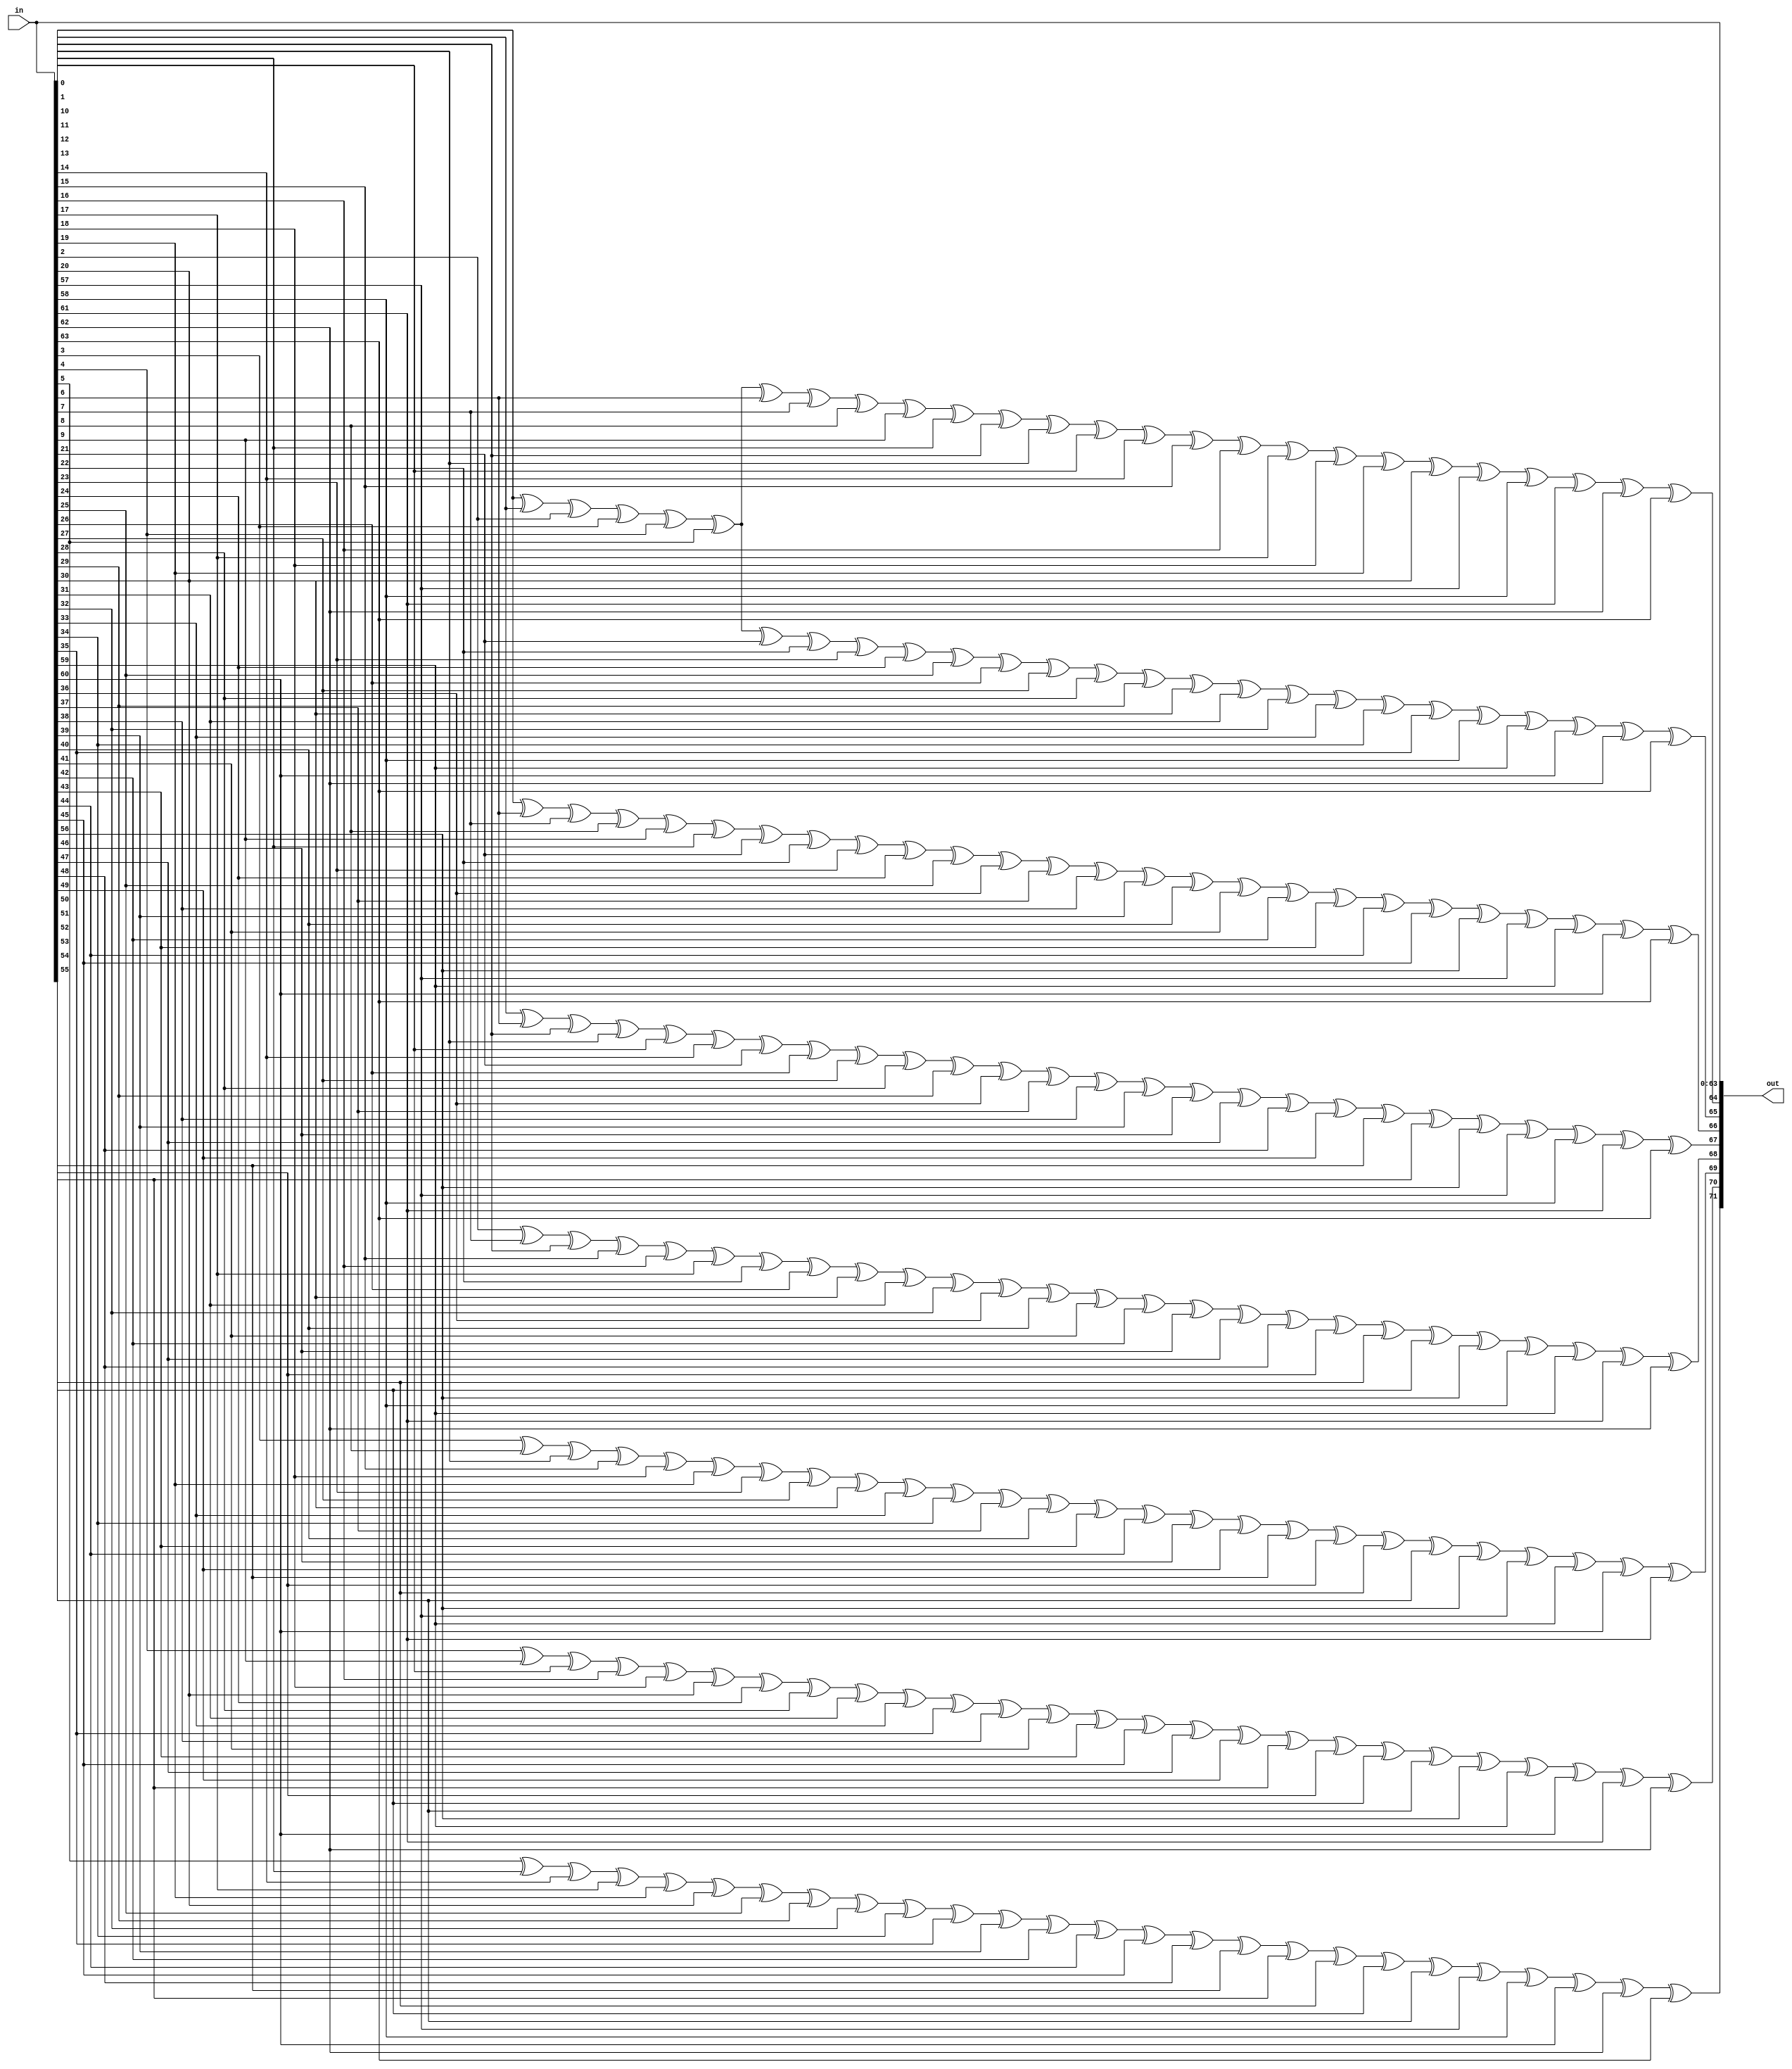
// This program was cloned from: https://github.com/NYU-MLDA/OpenABC
// License: BSD 3-Clause "New" or "Revised" License

module prim_secded_72_64_enc (
	in,
	out
);
	input [63:0] in;
	output wire [71:0] out;
	assign out[0] = in[0];
	assign out[1] = in[1];
	assign out[2] = in[2];
	assign out[3] = in[3];
	assign out[4] = in[4];
	assign out[5] = in[5];
	assign out[6] = in[6];
	assign out[7] = in[7];
	assign out[8] = in[8];
	assign out[9] = in[9];
	assign out[10] = in[10];
	assign out[11] = in[11];
	assign out[12] = in[12];
	assign out[13] = in[13];
	assign out[14] = in[14];
	assign out[15] = in[15];
	assign out[16] = in[16];
	assign out[17] = in[17];
	assign out[18] = in[18];
	assign out[19] = in[19];
	assign out[20] = in[20];
	assign out[21] = in[21];
	assign out[22] = in[22];
	assign out[23] = in[23];
	assign out[24] = in[24];
	assign out[25] = in[25];
	assign out[26] = in[26];
	assign out[27] = in[27];
	assign out[28] = in[28];
	assign out[29] = in[29];
	assign out[30] = in[30];
	assign out[31] = in[31];
	assign out[32] = in[32];
	assign out[33] = in[33];
	assign out[34] = in[34];
	assign out[35] = in[35];
	assign out[36] = in[36];
	assign out[37] = in[37];
	assign out[38] = in[38];
	assign out[39] = in[39];
	assign out[40] = in[40];
	assign out[41] = in[41];
	assign out[42] = in[42];
	assign out[43] = in[43];
	assign out[44] = in[44];
	assign out[45] = in[45];
	assign out[46] = in[46];
	assign out[47] = in[47];
	assign out[48] = in[48];
	assign out[49] = in[49];
	assign out[50] = in[50];
	assign out[51] = in[51];
	assign out[52] = in[52];
	assign out[53] = in[53];
	assign out[54] = in[54];
	assign out[55] = in[55];
	assign out[56] = in[56];
	assign out[57] = in[57];
	assign out[58] = in[58];
	assign out[59] = in[59];
	assign out[60] = in[60];
	assign out[61] = in[61];
	assign out[62] = in[62];
	assign out[63] = in[63];
	assign out[64] = ((((((((((((((((((((((((in[0] ^ in[1]) ^ in[2]) ^ in[3]) ^ in[4]) ^ in[5]) ^ in[6]) ^ in[7]) ^ in[8]) ^ in[9]) ^ in[10]) ^ in[11]) ^ in[12]) ^ in[13]) ^ in[14]) ^ in[15]) ^ in[16]) ^ in[17]) ^ in[18]) ^ in[19]) ^ in[20]) ^ in[57]) ^ in[58]) ^ in[61]) ^ in[62]) ^ in[63];
	assign out[65] = ((((((((((((((((((((((((in[0] ^ in[1]) ^ in[2]) ^ in[3]) ^ in[4]) ^ in[5]) ^ in[21]) ^ in[22]) ^ in[23]) ^ in[24]) ^ in[25]) ^ in[26]) ^ in[27]) ^ in[28]) ^ in[29]) ^ in[30]) ^ in[31]) ^ in[32]) ^ in[33]) ^ in[34]) ^ in[35]) ^ in[58]) ^ in[59]) ^ in[60]) ^ in[62]) ^ in[63];
	assign out[66] = ((((((((((((((((((((((((in[0] ^ in[6]) ^ in[7]) ^ in[8]) ^ in[9]) ^ in[10]) ^ in[21]) ^ in[22]) ^ in[23]) ^ in[24]) ^ in[25]) ^ in[36]) ^ in[37]) ^ in[38]) ^ in[39]) ^ in[40]) ^ in[41]) ^ in[42]) ^ in[43]) ^ in[44]) ^ in[45]) ^ in[56]) ^ in[57]) ^ in[59]) ^ in[60]) ^ in[63];
	assign out[67] = ((((((((((((((((((((((((in[1] ^ in[6]) ^ in[11]) ^ in[12]) ^ in[13]) ^ in[14]) ^ in[21]) ^ in[26]) ^ in[27]) ^ in[28]) ^ in[29]) ^ in[36]) ^ in[37]) ^ in[38]) ^ in[39]) ^ in[46]) ^ in[47]) ^ in[48]) ^ in[49]) ^ in[50]) ^ in[51]) ^ in[56]) ^ in[57]) ^ in[58]) ^ in[61]) ^ in[63];
	assign out[68] = ((((((((((((((((((((((((in[2] ^ in[7]) ^ in[11]) ^ in[15]) ^ in[16]) ^ in[17]) ^ in[22]) ^ in[26]) ^ in[30]) ^ in[31]) ^ in[32]) ^ in[36]) ^ in[40]) ^ in[41]) ^ in[42]) ^ in[46]) ^ in[47]) ^ in[48]) ^ in[52]) ^ in[53]) ^ in[54]) ^ in[56]) ^ in[58]) ^ in[59]) ^ in[61]) ^ in[62];
	assign out[69] = ((((((((((((((((((((((((in[3] ^ in[8]) ^ in[12]) ^ in[15]) ^ in[18]) ^ in[19]) ^ in[23]) ^ in[27]) ^ in[30]) ^ in[33]) ^ in[34]) ^ in[37]) ^ in[40]) ^ in[43]) ^ in[44]) ^ in[46]) ^ in[49]) ^ in[50]) ^ in[52]) ^ in[53]) ^ in[55]) ^ in[56]) ^ in[57]) ^ in[59]) ^ in[60]) ^ in[61];
	assign out[70] = ((((((((((((((((((((((((in[4] ^ in[9]) ^ in[13]) ^ in[16]) ^ in[18]) ^ in[20]) ^ in[24]) ^ in[28]) ^ in[31]) ^ in[33]) ^ in[35]) ^ in[38]) ^ in[41]) ^ in[43]) ^ in[45]) ^ in[47]) ^ in[49]) ^ in[51]) ^ in[52]) ^ in[54]) ^ in[55]) ^ in[56]) ^ in[59]) ^ in[60]) ^ in[61]) ^ in[62];
	assign out[71] = ((((((((((((((((((((((((in[5] ^ in[10]) ^ in[14]) ^ in[17]) ^ in[19]) ^ in[20]) ^ in[25]) ^ in[29]) ^ in[32]) ^ in[34]) ^ in[35]) ^ in[39]) ^ in[42]) ^ in[44]) ^ in[45]) ^ in[48]) ^ in[50]) ^ in[51]) ^ in[53]) ^ in[54]) ^ in[55]) ^ in[57]) ^ in[58]) ^ in[60]) ^ in[62]) ^ in[63];
endmodule